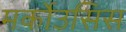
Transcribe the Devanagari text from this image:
मर्कोउसिस